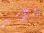
الأمر